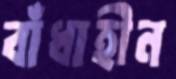
বাঁধাহীন